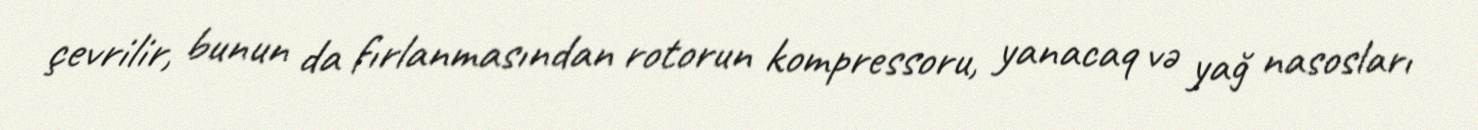
çevrilir, bunun da fırlanmasından rotorun kompressoru, yanacaq və yağ nasosları